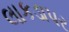
લાકડાપર